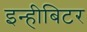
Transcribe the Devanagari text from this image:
इन्हीबिटर